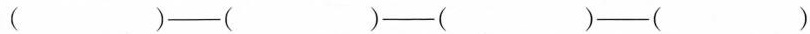
( )--( )--( )--( )